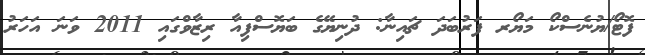
ފޮޓޯ/ޔުނެސްކޯ މަޔޯރ ފަރުބަދަ ޗައިނާ: ދުނިޔޭގެ ބަޔޮސްފިއާ ރިޒާވްގައި 2011 ވަނަ އަހަރު